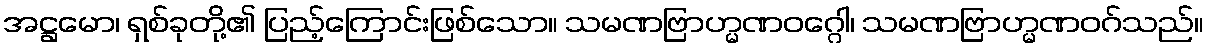
အဋ္ဌမော၊ ရှစ်ခုတို့၏ ပြည့်ကြောင်းဖြစ်သော။ သမဏဗြာဟ္မဏဝဂ္ဂေါ၊ သမဏဗြာဟ္မဏဝဂ်သည်။